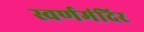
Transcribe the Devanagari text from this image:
स्वर्णमंदिर